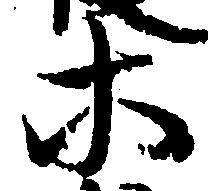
等